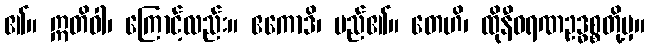
၏။ ဣတိဝါ၊ ကြောင့်လည်း။ ဧကောဒိ၊ မည်၏။ တေဟိ၊ ထိုနီဝရဏဥဒ္ဓစ္စတို့မှ။